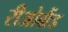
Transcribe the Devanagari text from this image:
रीओग्रैंड